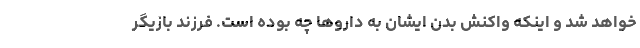
خواهد شد و اینکه واکنش بدنِ ایشان به داروها چه بوده است. فرزند بازیگر